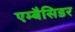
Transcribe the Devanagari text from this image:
एम्बैसिडर